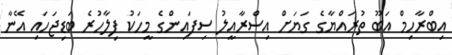
އިބްރާހިމް އަބޫ ތުރައްޔާގެ ގަޔަށް އިސްރާއީލު ސިފައިންގެ މީހަކު ފިލާހުރެ ބަޑިޖަހައި އޭނާ